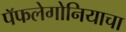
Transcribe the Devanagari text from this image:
पॅफलेगोनियाचा